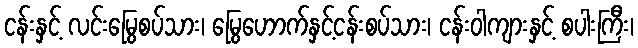
ငန်းနှင့် လင်းမြွေစပ်သား၊ မြွေဟောက်နှင့်ငန်းစပ်သား၊ ငန်းဝါကျားနှင့် စပါးကြီး၊